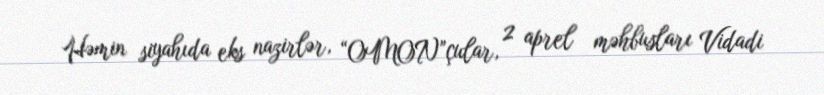
Həmin siyahıda eks nazirlər, “OMON”çular, 2 aprel məhbusları Vidadi